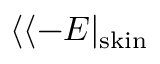
\langle \langle - E | _ { \mathrm { s k i n } }